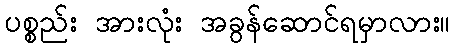
ပစ္စည်း အားလုံး အခွန်ဆောင်ရမှာလား။